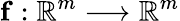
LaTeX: \mathbf{f}:\mathbb{R}^{m}\longrightarrow\mathbb{R}^{m}